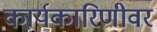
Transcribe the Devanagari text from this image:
कार्यकारिणीवर